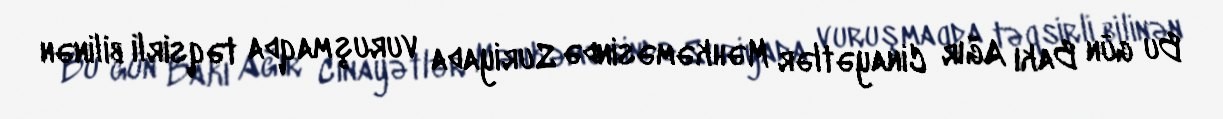
Bu gün Bakı Ağır Cinayətlər Məhkəməsində Suriyada vuruşmaqda təqsirli bilinən